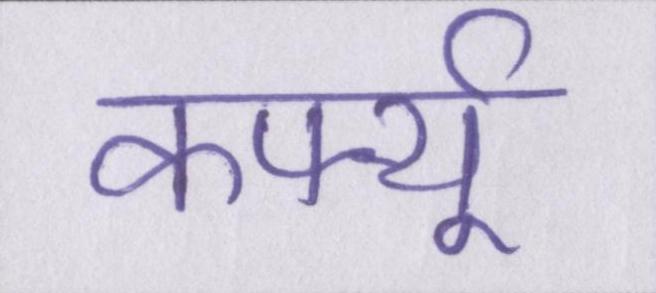
कर्फ्यू